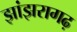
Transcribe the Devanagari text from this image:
झांझरागढ़